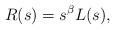
LaTeX: \begin{align*}R(s)=s^\beta L(s),\end{align*}